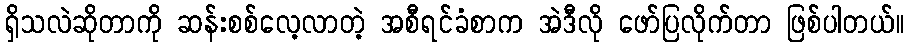
ရှိသလဲဆိုတာကို ဆန်းစစ်လေ့လာတဲ့ အစီရင်ခံစာက အဲဒီလို ဖော်ပြလိုက်တာ ဖြစ်ပါတယ်။